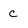
Character: c